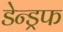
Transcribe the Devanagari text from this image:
डेन्ड्रफ